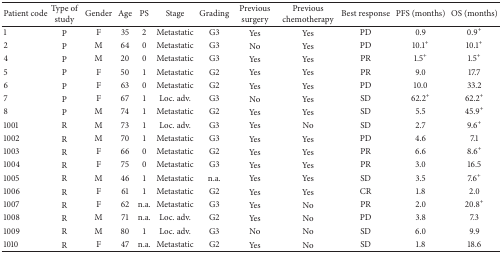
<table><thead><tr><td><b>Patient code</b></td><td><b>Type of study</b></td><td><b>Gender</b></td><td><b>Age</b></td><td><b>PS</b></td><td><b>Stage</b></td><td><b>Grading</b></td><td><b>Previous surgery</b></td><td><b>Previous chemotherapy</b></td><td><b>Best response</b></td><td><b>PFS (months)</b></td><td><b>OS (months)</b></td></tr></thead><tbody><tr><td>1</td><td>P</td><td>F</td><td>35</td><td>2</td><td>Metastatic</td><td>G3</td><td>Yes</td><td>Yes</td><td>PD</td><td>0.9</td><td>0.9<sup>+</sup></td></tr><tr><td>2</td><td>P</td><td>M</td><td>64</td><td>0</td><td>Metastatic</td><td>G3</td><td>No</td><td>Yes</td><td>PD</td><td>10.1<sup>+</sup></td><td>10.1<sup>+</sup></td></tr><tr><td>4</td><td>P</td><td>M</td><td>20</td><td>0</td><td>Metastatic</td><td>G3</td><td>Yes</td><td>Yes</td><td>PR</td><td>1.5<sup>+</sup></td><td>1.5<sup>+</sup></td></tr><tr><td>5</td><td>P</td><td>F</td><td>50</td><td>1</td><td>Metastatic</td><td>G2</td><td>Yes</td><td>Yes</td><td>PR </td><td>9.0</td><td>17.7</td></tr><tr><td>6</td><td>P</td><td>F</td><td>63</td><td>0</td><td>Metastatic</td><td>G2</td><td>Yes</td><td>Yes</td><td>PD</td><td>10.0</td><td>33.2</td></tr><tr><td>7</td><td>P</td><td>F</td><td>67</td><td>1</td><td>Loc. adv.</td><td>G3</td><td>No</td><td>Yes</td><td>SD</td><td>62.2<sup>+</sup></td><td>62.2<sup>+</sup></td></tr><tr><td>8</td><td>P</td><td>M</td><td>74</td><td>1</td><td>Metastatic </td><td>G2</td><td>Yes</td><td>Yes</td><td>SD</td><td>5.5</td><td>45.9<sup>+</sup></td></tr><tr><td>1001</td><td>R</td><td>M</td><td>73</td><td>1</td><td>Loc. adv.</td><td>G3</td><td>Yes</td><td>No</td><td>SD</td><td>2.7</td><td>9.6<sup>+</sup></td></tr><tr><td>1002</td><td>R</td><td>M</td><td>70</td><td>1</td><td>Metastatic</td><td>G3</td><td>Yes</td><td>Yes</td><td>PD</td><td>4.6</td><td>7.1</td></tr><tr><td>1003</td><td>R</td><td>F</td><td>66</td><td>0</td><td>Metastatic</td><td>G2</td><td>Yes</td><td>Yes</td><td>PR</td><td>6.6</td><td>8.6<sup>+</sup></td></tr><tr><td>1004</td><td>R</td><td>F</td><td>75</td><td>0</td><td>Metastatic</td><td>G3</td><td>Yes</td><td>Yes</td><td>PR</td><td>3.0</td><td>16.5</td></tr><tr><td>1005</td><td>R</td><td>M</td><td>46</td><td>1</td><td>Metastatic</td><td>n.a.</td><td>Yes</td><td>Yes</td><td>SD</td><td>3.5</td><td>7.6<sup>+</sup></td></tr><tr><td>1006</td><td>R</td><td>F</td><td>61</td><td>1</td><td>Metastatic</td><td>G2</td><td>Yes</td><td>Yes</td><td>CR</td><td>1.8</td><td>2.0</td></tr><tr><td>1007</td><td>R</td><td>F</td><td>62</td><td>n.a.</td><td>Metastatic</td><td>G3</td><td>Yes</td><td>No</td><td>PR</td><td>2.0</td><td>20.8<sup>+</sup></td></tr><tr><td>1008</td><td>R</td><td>M</td><td>71</td><td>n.a.</td><td>Loc. adv.</td><td>G2</td><td>Yes</td><td>No</td><td>PD</td><td>3.8</td><td>7.3</td></tr><tr><td>1009</td><td>R</td><td>M</td><td>80</td><td>1</td><td>Loc. adv. </td><td>G3</td><td>No</td><td>No</td><td>SD</td><td>6.0</td><td>9.9</td></tr><tr><td>1010</td><td>R</td><td>F</td><td>47</td><td>n.a.</td><td>Metastatic</td><td>G2</td><td>Yes</td><td>No</td><td>SD</td><td>1.8</td><td>18.6</td></tr></tbody></table>